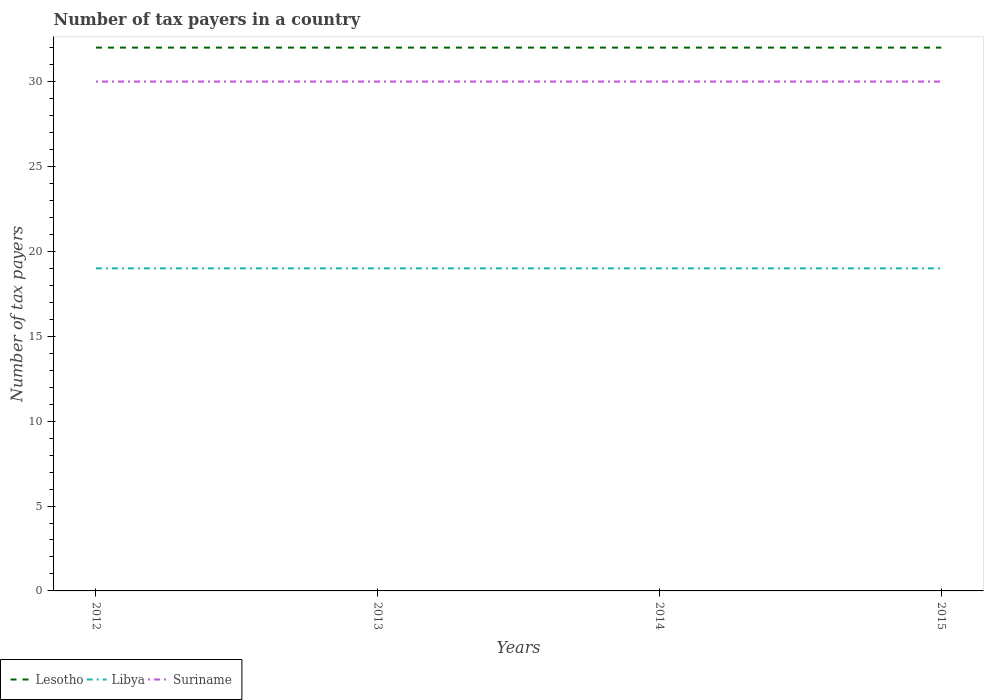
| Years | Lesotho | Libya | Suriname |
 | --- | --- | --- | --- |
 | 2012 | 32 | 19 | 30 |
 | 2013 | 32 | 19 | 30 |
 | 2014 | 32 | 19 | 30 |
 | 2015 | 32 | 19 | 30 |